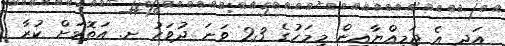
އަދި އެ ޖަމިއްޔާއިން މިމަހުގެ 23 ވަނަ ދުވަހު ށ. އަތޮޅަށް ކުރާ